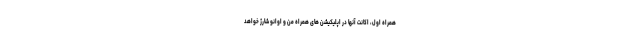
همراه اول، اکانت آنها در اپلیکیشن های همراه من و اوانو شارژ خواهد